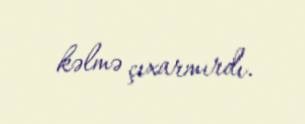
kəlmə çıxarmırdı.